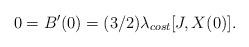
LaTeX: \begin{align*}0=B'(0)=(3/2)\lambda_{cost} [J,X(0)].\end{align*}